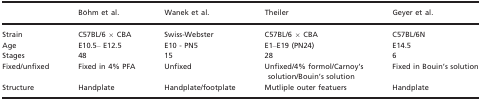
<table><thead><tr><td>[EMPTY_CELL]</td><td><b>Böhm et al.</b></td><td><b>Wanek et al.</b></td><td><b>Theiler</b></td><td><b>Geyer et al.</b></td></tr></thead><tbody><tr><td>Strain</td><td>C57BL/6 × CBA</td><td>Swiss‐Webster</td><td>C57BL/6 × CBA</td><td>C57BL/6N</td></tr><tr><td>Age</td><td>E10.5– E12.5</td><td>E10 ‐ PN5</td><td>E1–E19 (PN24)</td><td>E14.5</td></tr><tr><td>Stages</td><td>48</td><td>15</td><td>28</td><td>6</td></tr><tr><td>Fixed/unfixed</td><td>Fixed in 4% PFA</td><td>Unfixed</td><td>Unfixed/4% formol/Carnoy's solution/Bouin's solution</td><td>Fixed in Bouin's solution</td></tr><tr><td>Structure</td><td>Handplate</td><td>Handplate/footplate</td><td>Mutliple outer featuers</td><td>Handplate</td></tr></tbody></table>